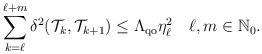
LaTeX: \begin{align*} \sum_{k=\ell}^{\ell+m}\delta^2(\mathcal{T}_k,\mathcal{T}_{k+1}) \leq \Lambda_{\mathrm{qo}} \eta^2_\ell\quad\ell,m\in\mathbb{N}_0. \end{align*}